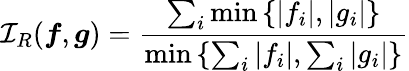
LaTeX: \mathcal{I}_{R}(\boldsymbol{f},\boldsymbol{g})=\frac{\sum_{i}\operatorname*{min}\left\{ |f_{i}|,|g_{i}|\right\} }{\operatorname*{min}\left\{ \sum_{i}|f_{i}|,\sum_{i}|g_{i}|\right\} }